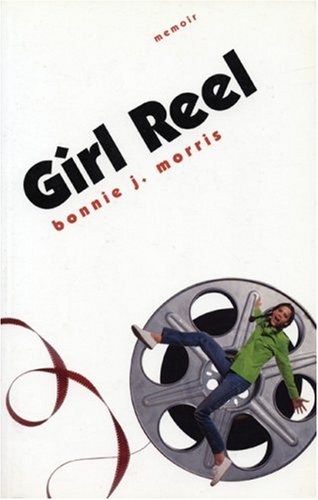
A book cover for Girl Reel; Bonnie J. Morris; Gay & Lesbian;